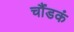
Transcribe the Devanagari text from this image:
चौंडकं